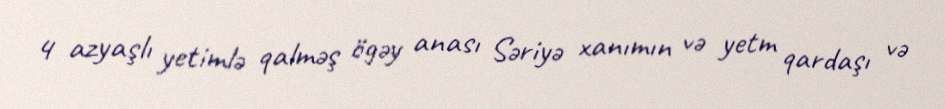
4 azyaşlı yetimlə qalməş ögəy anası Səriyə xanımın və yetm qardaşı və